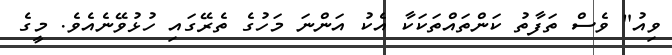
ވިއު" ވެސް ތަފާތު ކަންތައްތަކަކާ އެކު އަންނަ މަހުގެ ތެރޭގައި ހުޅުވޭނެއެވެ. މީގެ